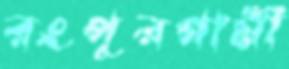
রংপুরগামী